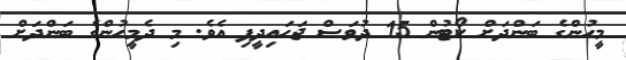
މީހުންގެ ބަންދަށް ކޯޓުން 15 ދުވަސް ޖަހައިދީފި އެވެ. މި ދެމީހުންގެ ބަންދަށް